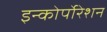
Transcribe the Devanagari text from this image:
इन्कोर्पाेरेशन